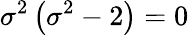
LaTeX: \sigma^{2}\left(\sigma^{2}-2\right)=0